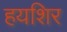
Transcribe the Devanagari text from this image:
हयशिर